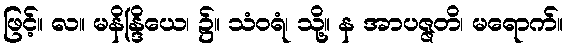
ဖြင့်။ လ။ မနိန္ဒြိယေ၊ ၌။ သံဝရံ၊ သို့။ န အာပဇ္ဇတိ၊ မရောက်။